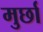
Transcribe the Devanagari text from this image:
मुर्छा